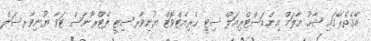
އޭގެތެރޭގައި ޝާހު އާލަމް އިންޑަސްޓްރިއަލް ސިޓީ ހެރިއެޓްވޮޓް ޔުނިވާރސިޓީ ޕެޓްރޯނަސް ޓަވާ ޔުނިވާރސަލް